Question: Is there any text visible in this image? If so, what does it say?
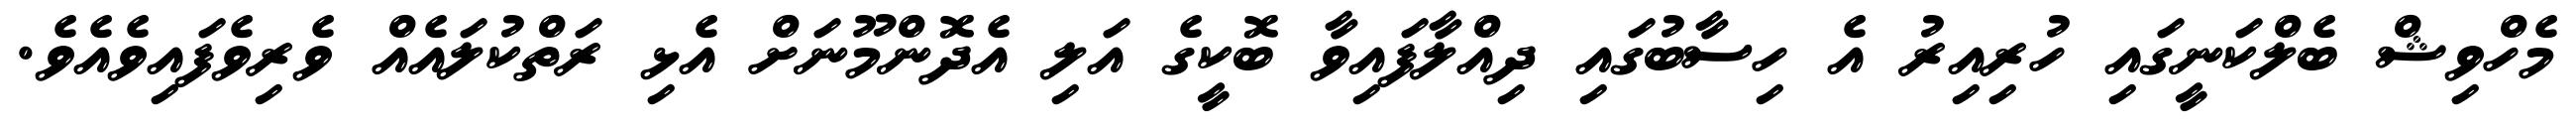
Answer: މެހްވިޝް ބެލްކަނީގައި ހުރިއިރު އެ ހިސާބުގައި ދިއްލާފައިވާ ބޮކީގެ އަލި އެދޮންމޫނަށް އެޅި ރަތްކުލައެއް ވެރިވެފައިވެއެވެ.